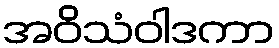
အဝိသံဝါဒကာ